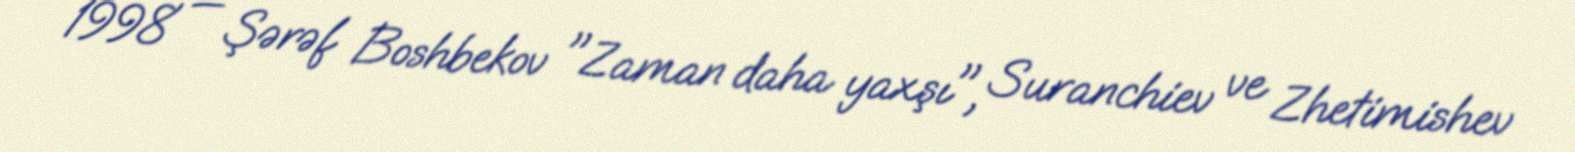
1998 — Şərəf Boshbekov "Zaman daha yaxşı", Suranchiev ve Zhetimishev